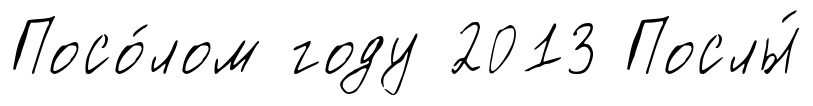
Посо́лом году 2013 Послы́